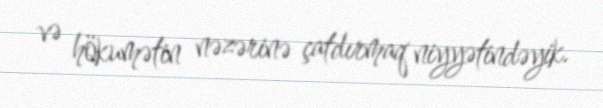
və hökumətin nəzərinə çatdırmaq niyyətindəyik.